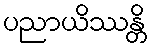
ပညာယိဿန္တိ